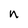
Character: n